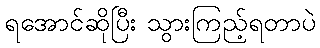
ရအောင်ဆိုပြီး သွားကြည့်ရတာပဲ